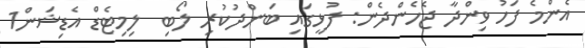
އެންމެ ފަހު ވިންދާ ޖެހެންދެން: ފުޅީގައި ބަންދުކުރި ލޯބި  ލިމިޓެޑް އެޑިޝަން1